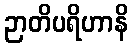
ဉာတိပရိဟာနိ